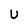
Character: U